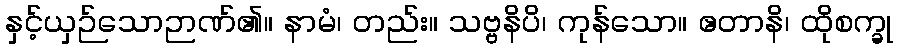
နှင့်ယှဉ်သောဉာဏ်၏။ နာမံ၊ တည်း။ သဗ္ဗနိပိ၊ ကုန်သော။ ဧတာနိ၊ ထိုစက္ခု